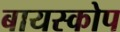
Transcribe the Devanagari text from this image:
बायस्कोप